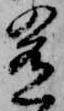
肴